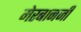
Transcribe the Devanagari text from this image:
मेरबानजी